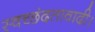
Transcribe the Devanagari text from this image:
स्वच्छंदतावादी।